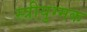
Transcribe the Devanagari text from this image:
स्त्रीयुग्मक